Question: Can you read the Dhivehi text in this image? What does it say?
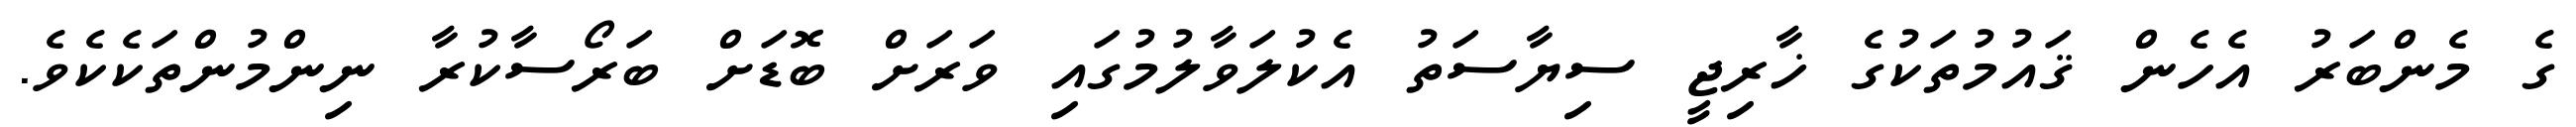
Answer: ގެ މެންބަރު އެހެން ޤައުމުތަކުގެ ޚާރިޖީ ސިޔާސަތު އެކުލަވާލުމުގައި ވަރަށް ބޮޑަށް ބަރޯސާކުރާ ނިންމުންތަކެކެވެ.